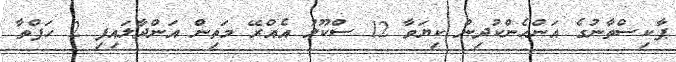
ޕާކިސްތާނުގެ އަންހެންކުދިން ކިޔަވާ 12 ސްކޫލު އެއްރޭ މަތިން އަންދާލައިފި 2 ހަފްތާ